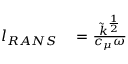
\begin{array} { r l } { l _ { R A N S } } & { { } = \frac { \Tilde { k } ^ { \frac { 1 } { 2 } } } { c _ { \mu } \omega } } \end{array}